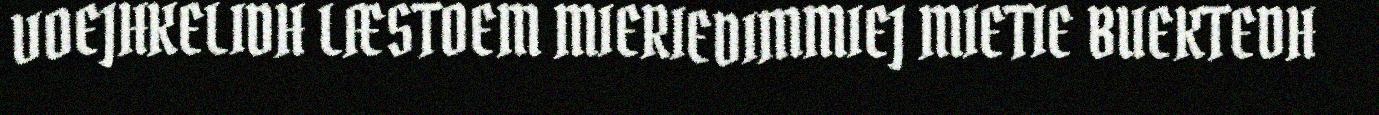
VOEJHKELIDH LÆSTOEM MIERIEDIMMIEJ MIETIE BUEKTEDH